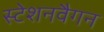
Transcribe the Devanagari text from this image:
स्टेशनवैगन